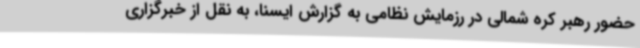
حضور رهبر کره شمالی در رزمایش نظامی به گزارش ایسنا، به نقل از خبرگزاری